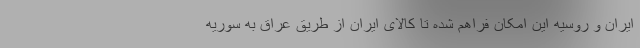
ایران و روسیه این امکان فراهم شده تا کالای ایران از طریق عراق به سوریه